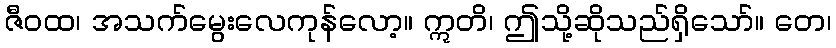
ဇီဝထ၊ အသက်မွေးလေကုန်လော့။ ဣတိ၊ ဤသို့ဆိုသည်ရှိသော်။ တေ၊